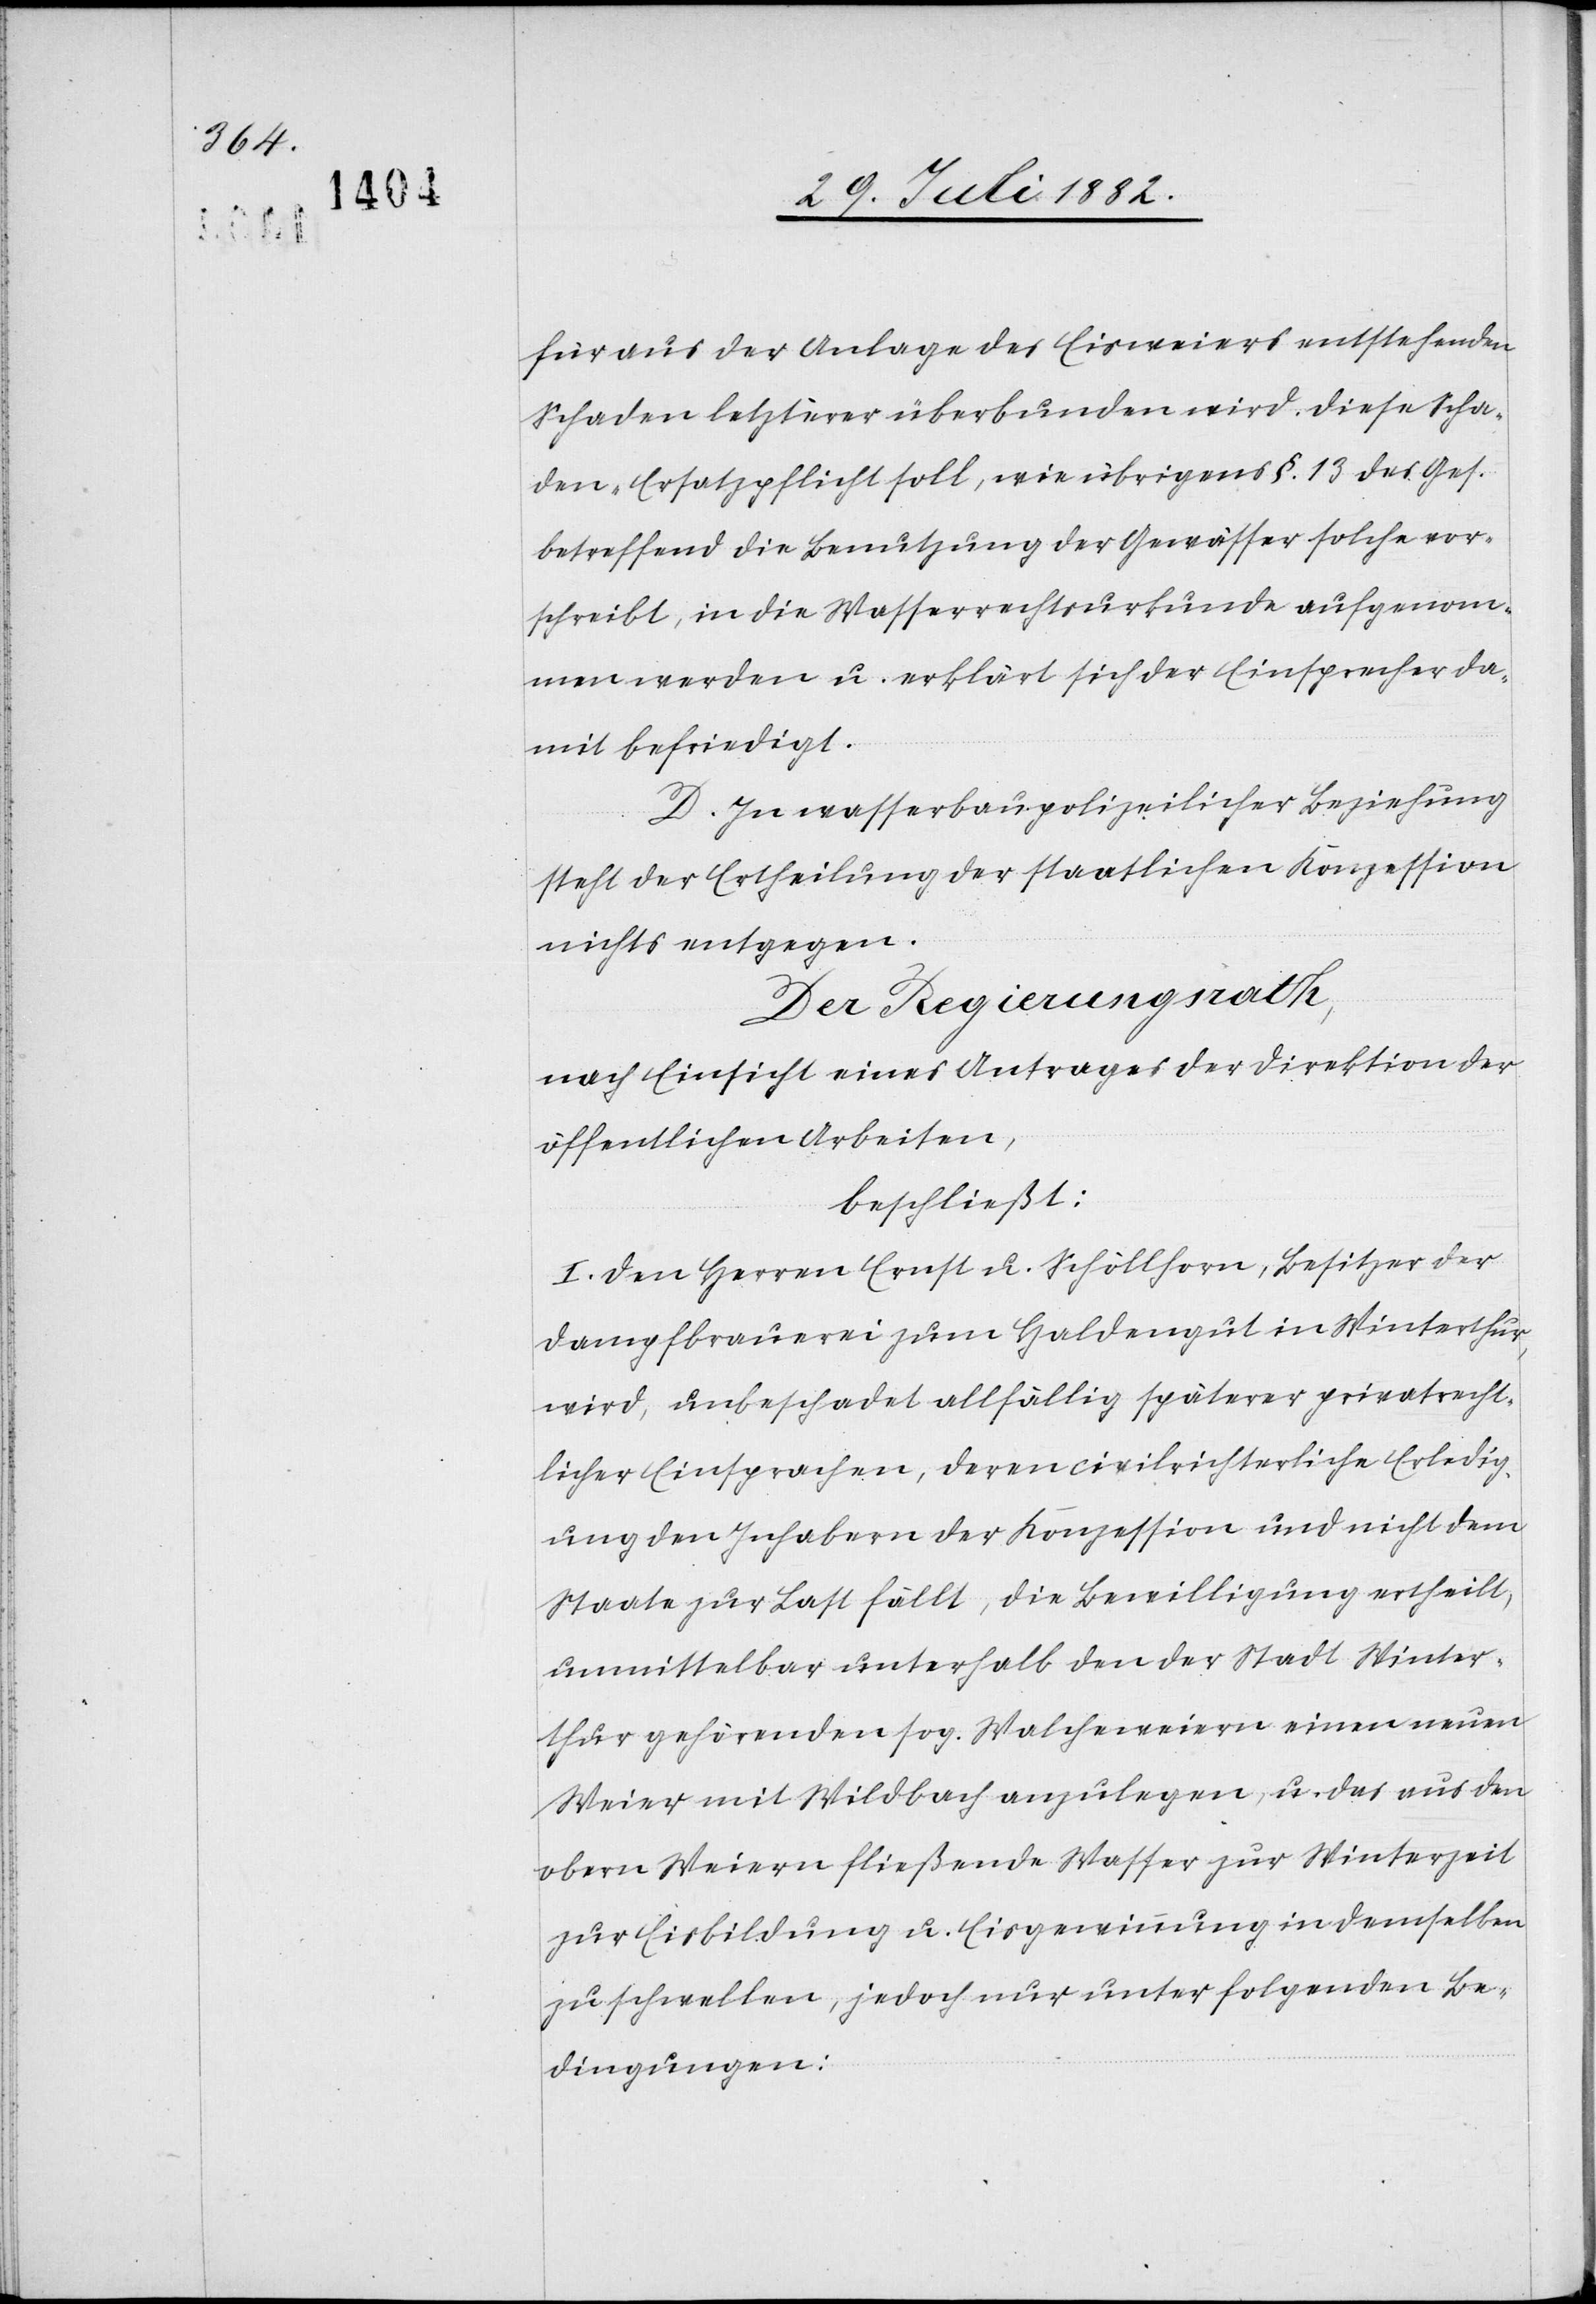
für aus der Anlage des Eisweiers entstehenden
Schaden letztere überbunden wird. Diese Scha¬
den-Ersatzpflicht soll, wie übrigens §. 13 des Ges.
betreffend die Benutzung der Gewässer solche vor¬
schreibt, in die Wasserrechtsurkunde aufgenom¬
men werden u. erklärt sich der Einsprecher da¬
mit befriedigt.
D. In wasserbaupolizeilicher Beziehung
steht der Ertheilung der staatlichen Konzession
nichts entgegen.
Der Regierungsrath,
nach Einsicht eines Antrages der Direktion der
öffentlichen Arbeiten,
beschließt:
I. Den Herren Ernst z. Schöllhorn, Besitzer der
Dampfbrauerei zum Haldengut in Winterthur,
wird, unbeschadet allfällig späterer privatrecht¬
licher Einsprachen, deren civilrichterliche Erledig¬
ung den Inhabern der Konzession und nicht dem
Staate zur Last fällt, die Bewilligung ertheilt,
unmittelbar unterhalb den der Stadt Winter¬
thur gehörenden sog. Walcheweiern einen neuen
Weier mit Wildbach anzulegen, u. das aus den
obern Weiern fließende Wasser zur Winterzeit
zur Eisbildung u. Eisgewinnung in demselben
zu schwellen, jedoch nur unter folgenden Be¬
dingungen: